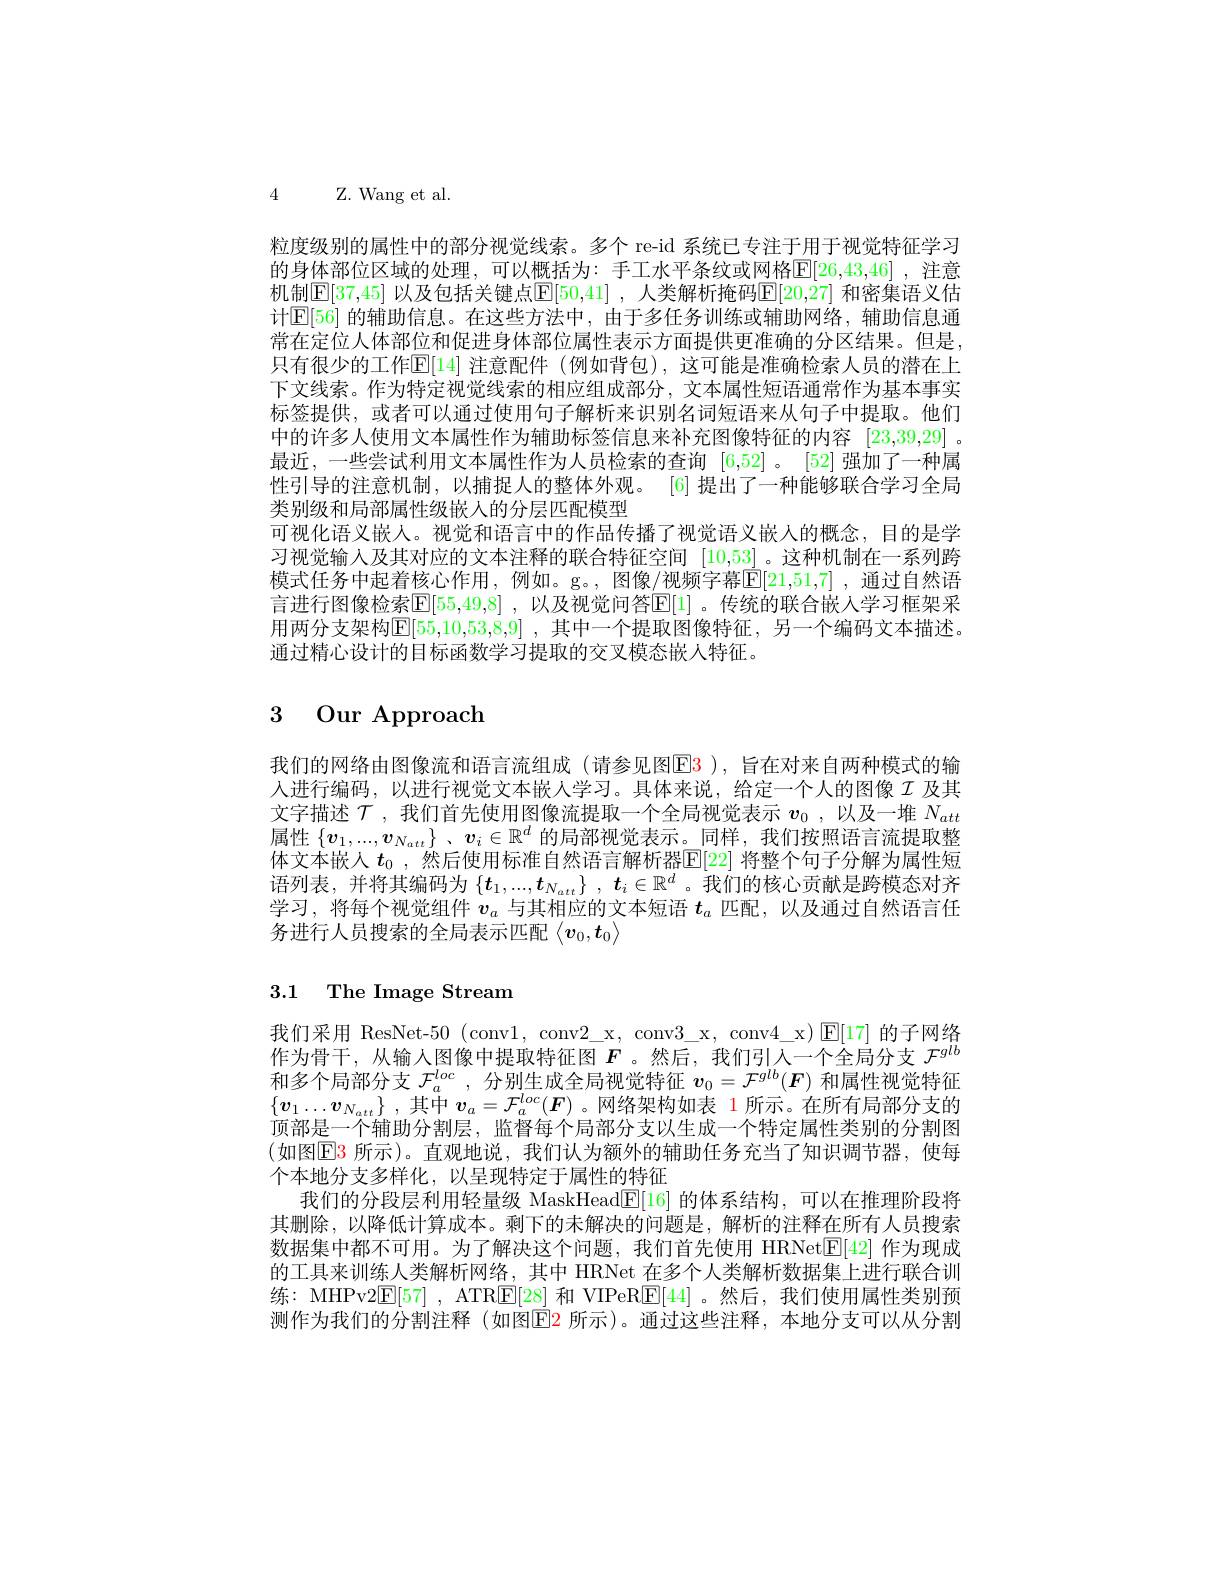
4 Z. Wang et al.

粒度级别的属性中的部分视觉线索。多个 re-id 系统已专注于用于视觉特征学习的身体部位区域的处理，可以概括为：手工水平条纹或网格$\mathbb{E}[26,43,46]$ ,注意机制$[\mathbb{E}[37,45]$ 以及包括关键点$\mathbb{E}[50,41]$ ,人类解析掩码$\mathbb{E}[20,27]$ 和密集语义估计$\mathbb{E}[56]$ 的辅助信息。在这些方法中，由于多任务训练或辅助网络，辅助信息通常在定位人体部位和促进身体部位属性表示方面提供更淮确的分区结果。但是， 只有很少的工作$\mathbb{E}[14]$ 注意配件 (例如背包),这可能是准确检索人员的潜在上下文线索。作为特定视觉线索的相应组成部分，文本属性短语通常作为基本事实标签提供，或者可以通过使用句子解析来识别名词短语来从句子中提取。他们中的许多人使用文本属性作为辅助标签信息来补充图像特征的内容[23,39,29] 。最近，一些尝试利用文本属性作为人员检索的查询[6,52] 。[52] 强加了一种属性引导的注意机制，以捕捉人的整体外观。[6]提出了一种能够联合学习全局类别级和局部属性级嵌入的分层匹配模型
可视化语义嵌人。视觉和语言中的作品传播了视觉语义嵌入的概念，目的是学习视觉输入及其对应的文本注释的联合特征空间[10,53] 。这种机制在一系列跨模式任务中起着核心作用，例如。g。, 图像/视频字幕$\overline{\mathbb{E}}[21,51,7]$ ,通过自然语言进行图像检索$\overline{\mathbb{E}}[55,49,8]$ ,以及视觉问答$\mathbb{E}[1]$ 。传统的联合嵌人学习框架采用两分支架构$\mathbb{E}[55,10,53,8,9]$ ,其中一个提取图像特征，另一个编码文本描述。通过精心设计的目标函数学习提取的交叉模态嵌人特征。

# 3 Our Approach

我们的网络由图像流和语言流组成 (请参见图E3 ), 旨在对来自两种模式的输人进行编码，以进行视觉文本嵌人学习。具体来说，给定一个人的图像$I$ 及其文字描述$\mathcal{T}$,我们首先使用图像流提取一个全局视觉表示$v_0$,以及一堆$N_att$ 属性$\{v_1,...,v_{N_{att}}\}$ 、$v_i\in\mathbb{R}^d$的局部视觉表示。同样 ,我们按照语言流提取整体文本嵌人$t_0$,然后使用标准自然语言解析器$\mathbb{E}[22]$ 将整个句子分解为属性短语列表，并将其编码为$\{ \boldsymbol{t}_1, . . . , \boldsymbol{t}_{N_{att}}\}$ , $\boldsymbol{t}_i\in \mathbb{R} ^d$。我们的核心贡献是跨模态对齐学习，将每个视觉组件$v_a$与其相应的文本短语$t_a$匹配，以及通过自然语言任务进行人员搜索的全局表示匹配$\left\langle v_0,t_0\right\rangle$

# 3.1 The Image Stream

我们采用 ResNet-50 (conv1, conv2\_x, conv3\_x, conv4\_x)[E[17] 的子网络作为骨干，从输入图像中提取特征图$F$。然后，我们引人一个全局分支 $\mathcal{F}^glb$ 和多个局部分支$\mathcal{F}_a^{loc}$ ,分别生成全局视觉特征$\boldsymbol v_0=\mathcal{F}^{glb}(\boldsymbol{F})$和属性视觉特征$\{\boldsymbol{v}_1\ldots\boldsymbol{v}_{N_{att}}\}$ ,其中$\boldsymbol{v}_a=\mathcal{F}_a^{loc}(\boldsymbol{F})$ 。网络架构如表 1 所示。在所有局部分支的顶部是一个辅助分割层，监督每个局部分支以生成一个特定属性类别的分割图(如图$\mathsf{E}\color{red}{3}$ 所示)。直观地说，我们认为额外的辅助任务充当了知识调节器，使每个本地分支多样化，以呈现特定于属性的特征
我们的分段层利用轻量级 MaskHead$\mathbb{E}[16]$的体系结构，可以在推理阶段将其删除，以降低计算成本。剩下的未解决的问题是，解析的注释在所有人员搜索数据集中都不可用。为了解决这个问题，我们首先使用 HRNet[E]42] 作为现成的工具来训练人类解析网络，其中 HRNet 在多个人类解析数据集上进行联合训练：MHPv2$\boxed{\mathrm{E}}[57]$ , ATR$\boxed{\mathrm{E}}[28]$和 VIPeR$\boxed{\mathrm{E}}[44]$ 。然后，我们使用属性类别预测作为我们的分割注释(如图$\color{red}{\mathrm{E}}\color{blue}{\mathrm{E}}\color{red}{\mathrm{E}}\color{red}{\mathrm{E}}\color{red}{\mathrm{E}}\color{red}{\mathrm{E}}\color{red}{\mathrm{E}}\color{red}{\mathrm{E}}\color{red}{\mathrm{E}}\color{red}{\mathrm{E}}\color{red}{\mathrm{E}}\color\color{red}{\mathrm{E}}{\mathrm{E}}\color{red}{\mathrm{E}}\color{red}{\mathrm{E}}\color{red}{\mathrm{E}}\color{red}{\mathrm{E}}\color{red}{\mathrm{E}}\color{red}{\mathrm{E}}\color{red}{\mathrm{E}}\color{red}{\mathrm{E}}\color\\\mathrm{E}{\mathrm{E}}\color{r$